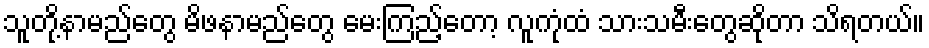
သူတို့နာမည်တွေ မိဖနာမည်တွေ မေးကြည့်တော့ လူကုံထံ သားသမီးတွေဆိုတာ သိရတယ်။